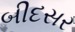
બીદસર